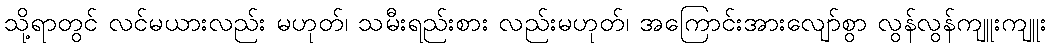
သို့ရာတွင် လင်မယားလည်း မဟုတ်၊ သမီးရည်းစား လည်းမဟုတ်၊ အကြောင်းအားလျော်စွာ လွန်လွန်ကျူးကျူး